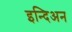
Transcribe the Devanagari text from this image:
इन्दिअन